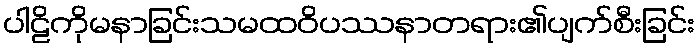
ပါဠိကိုမနာခြင်းသမထဝိပဿနာတရား၏ပျက်စီးခြင်း